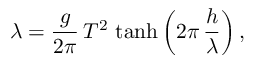
\displaystyle \lambda = { \frac { g } { 2 \pi } } \, T ^ { 2 } \, \operatorname { t a n h } \left( 2 \pi \, { \frac { h } { \lambda } } \right) ,